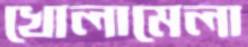
খোলামেলা